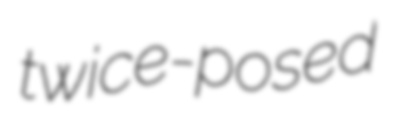
twice-posed